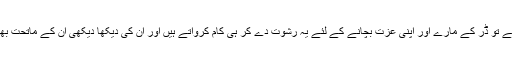
انہیں خود بھی جب کوئی کام کروانا ہوتا ہے تو ڈر کے مارے اور اپنی عزت بچانے کے لئے یہ رشوت دے کر ہی کام کرواتے ہیں اور ان کی دیکھا دیکھی ان کے ماتحت بھی رشوت لئے بغیر کوئی کام نہیں کرتے۔